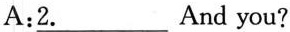
A:\underline{2.} And you?